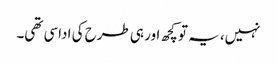
نہیں، یہ تو کچھ اور ہی طرح کی اداسی تھی۔